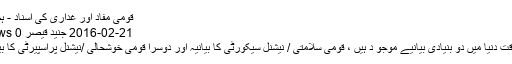
قومی مفاد اور غداری کی اسناد - ہم سب
21-02-2016 جنید قیصر 0 Views
اِس وقت دنیا میں دو بنیادی بیانیے موجو د ہیں ، قومی سلامتی / نیشنل سیکورٹی کا بیانیہ اور دوسرا قومی خوشحالی /نیشنل پراسپیرٹی کا بیانیہ ۔